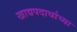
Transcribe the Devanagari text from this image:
खाद्यपदार्थाच्या